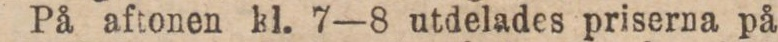
På aftonen kl. 7—8 utdelades priserna på